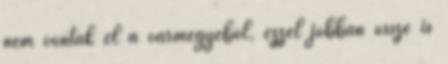
nem vonták el a vármegyéből, ezzel jobban össze is